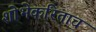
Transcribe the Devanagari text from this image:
शोभेकरिताच